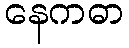
နေကဓာ